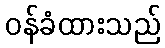
ဝန်ခံထားသည်